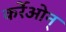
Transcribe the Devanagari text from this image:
कर्रेओन्